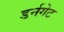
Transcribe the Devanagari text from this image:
डर्नगेट